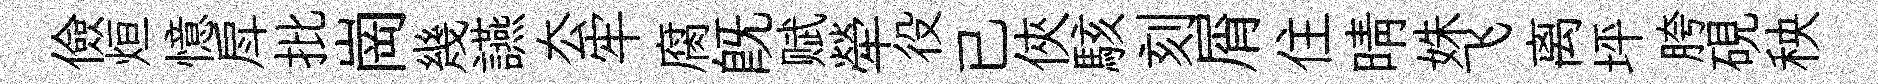
儉烜憶戽批崗幾讌厺牢腐既赋犖役已俠駭刻屑住晴姝飞离坪胯硯秧